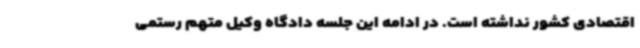
اقتصادی کشور نداشته است. در ادامه این جلسه دادگاه وکیل متهم رستمی